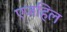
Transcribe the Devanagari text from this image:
एजहिल